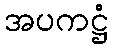
အပကဋ္ဌံ